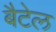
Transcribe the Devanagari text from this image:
बैटेल